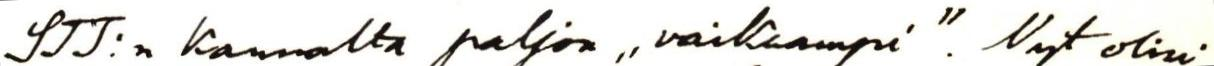
STT:n kannalta paljon ,,vaikeampi". Nyt olisi